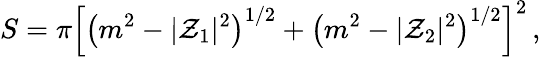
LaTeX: S=\pi\left[\left(m^{2}-|{\cal Z}_{1}|^{2}\right)^{1/2}+\left(m^{2}-|{\cal Z}_{2}|^{2}\right)^{1/2}\right]^{2}\, ,